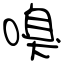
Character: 嗅